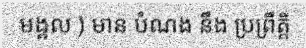
មង្គល ) មាន បំណង នឹង ប្រព្រឹត្តិ